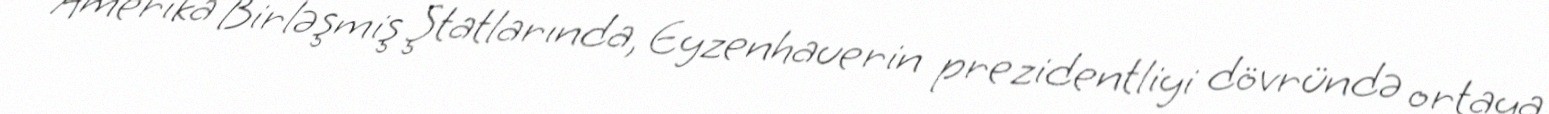
Amerika Birləşmiş Ştatlarında, Eyzenhauerin prezidentliyi dövründə ortaya